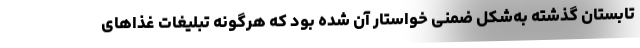
تابستان گذشته به‌شکل ضمنی خواستار آن شده بود که هرگونه تبلیغات غذاهای